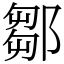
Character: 鄒